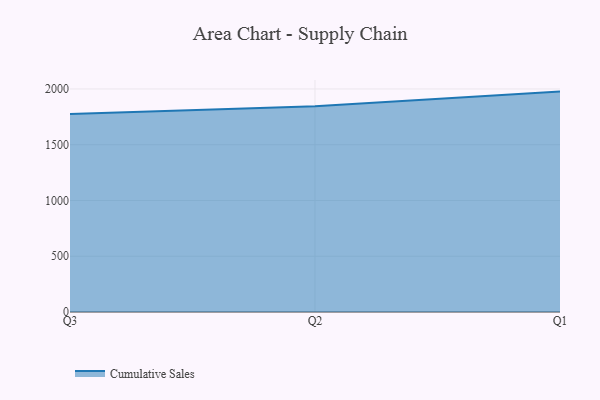
{"axis": {"x": "Quarter", "y": "Tickets Resolved"}, "legend": ["Cumulative Sales"], "data": [{"x": "Q3", "y": 1776.4, "type": "Cumulative Sales"}, {"x": "Q2", "y": 1844.9, "type": "Cumulative Sales"}, {"x": "Q1", "y": 1976.3, "type": "Cumulative Sales"}]}